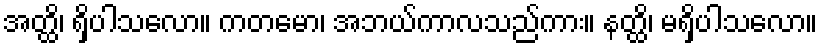
အတ္ထိ၊ ရှိပါသလော။ ကတမော၊ အဘယ်ကာလသည်ကား။ နတ္ထိ၊ မရှိပါသလော။